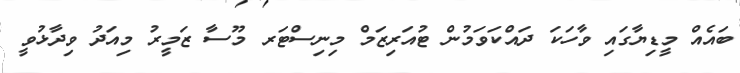
ބައެއް މީޑިޔާގައި ވާހަކަ ދައްކަވަމުން ޓުއަރިޒަމް މިނިސްޓަރ މޫސާ ޒަމީރު މިއަދު ވިދާޅުވީ